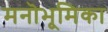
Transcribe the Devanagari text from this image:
मनॊभूमिका